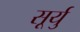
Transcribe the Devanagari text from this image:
सूर्यु